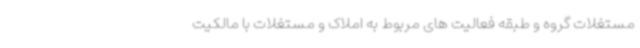
مستغلات گروه و طبقه فعالیت های مربوط به املاک و مستغلات با مالکیت